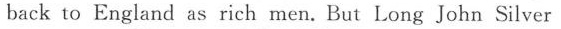
back to England as rich men.But Long John Silver